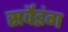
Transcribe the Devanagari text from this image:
सर्वेइंग